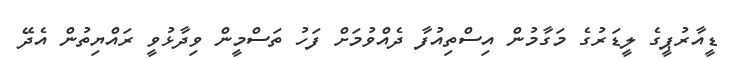
ޑީއާރުޕީގެ ލީޑަރުގެ މަގާމުން އިސްތިއުފާ ދެއްވުމަށް ފަހު ތަސްމީން ވިދާޅުވީ ރައްޔިތުން އެދޭ